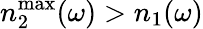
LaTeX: n_{2}^{\operatorname*{max}}(\omega)>n_{1}(\omega)